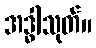
အဒ္ဓါသုတ်။